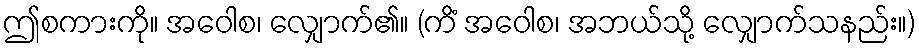
ဤစကားကို။ အဝေါစ၊ လျှောက်၏။ (ကိံ အဝေါစ၊ အဘယ်သို့ လျှောက်သနည်း။)